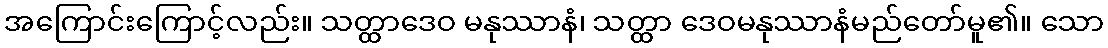
အကြောင်းကြောင့်လည်း။ သတ္ထာဒေဝ မနုဿာနံ၊ သတ္ထာ ဒေဝမနုဿာနံမည်တော်မူ၏။ သော